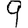
Digit: 9